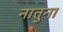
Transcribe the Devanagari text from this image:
नातुना